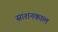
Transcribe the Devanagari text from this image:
साशनकाल